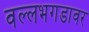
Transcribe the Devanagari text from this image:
वल्लभगडावर